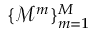
\{ \mathcal { M } ^ { m } \} _ { m = 1 } ^ { M }